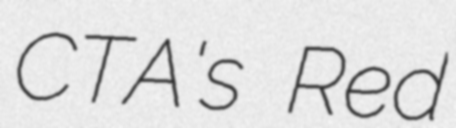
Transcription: CTA's Red